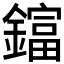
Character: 𨬬